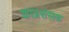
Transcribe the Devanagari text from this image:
काप्रशंसक